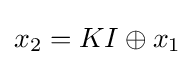
x_{2}=KI\oplus x_{1}